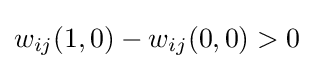
w_{ij}(1,0)-w_{ij}(0,0)>0